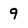
Character: 9